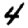
Digit: 4